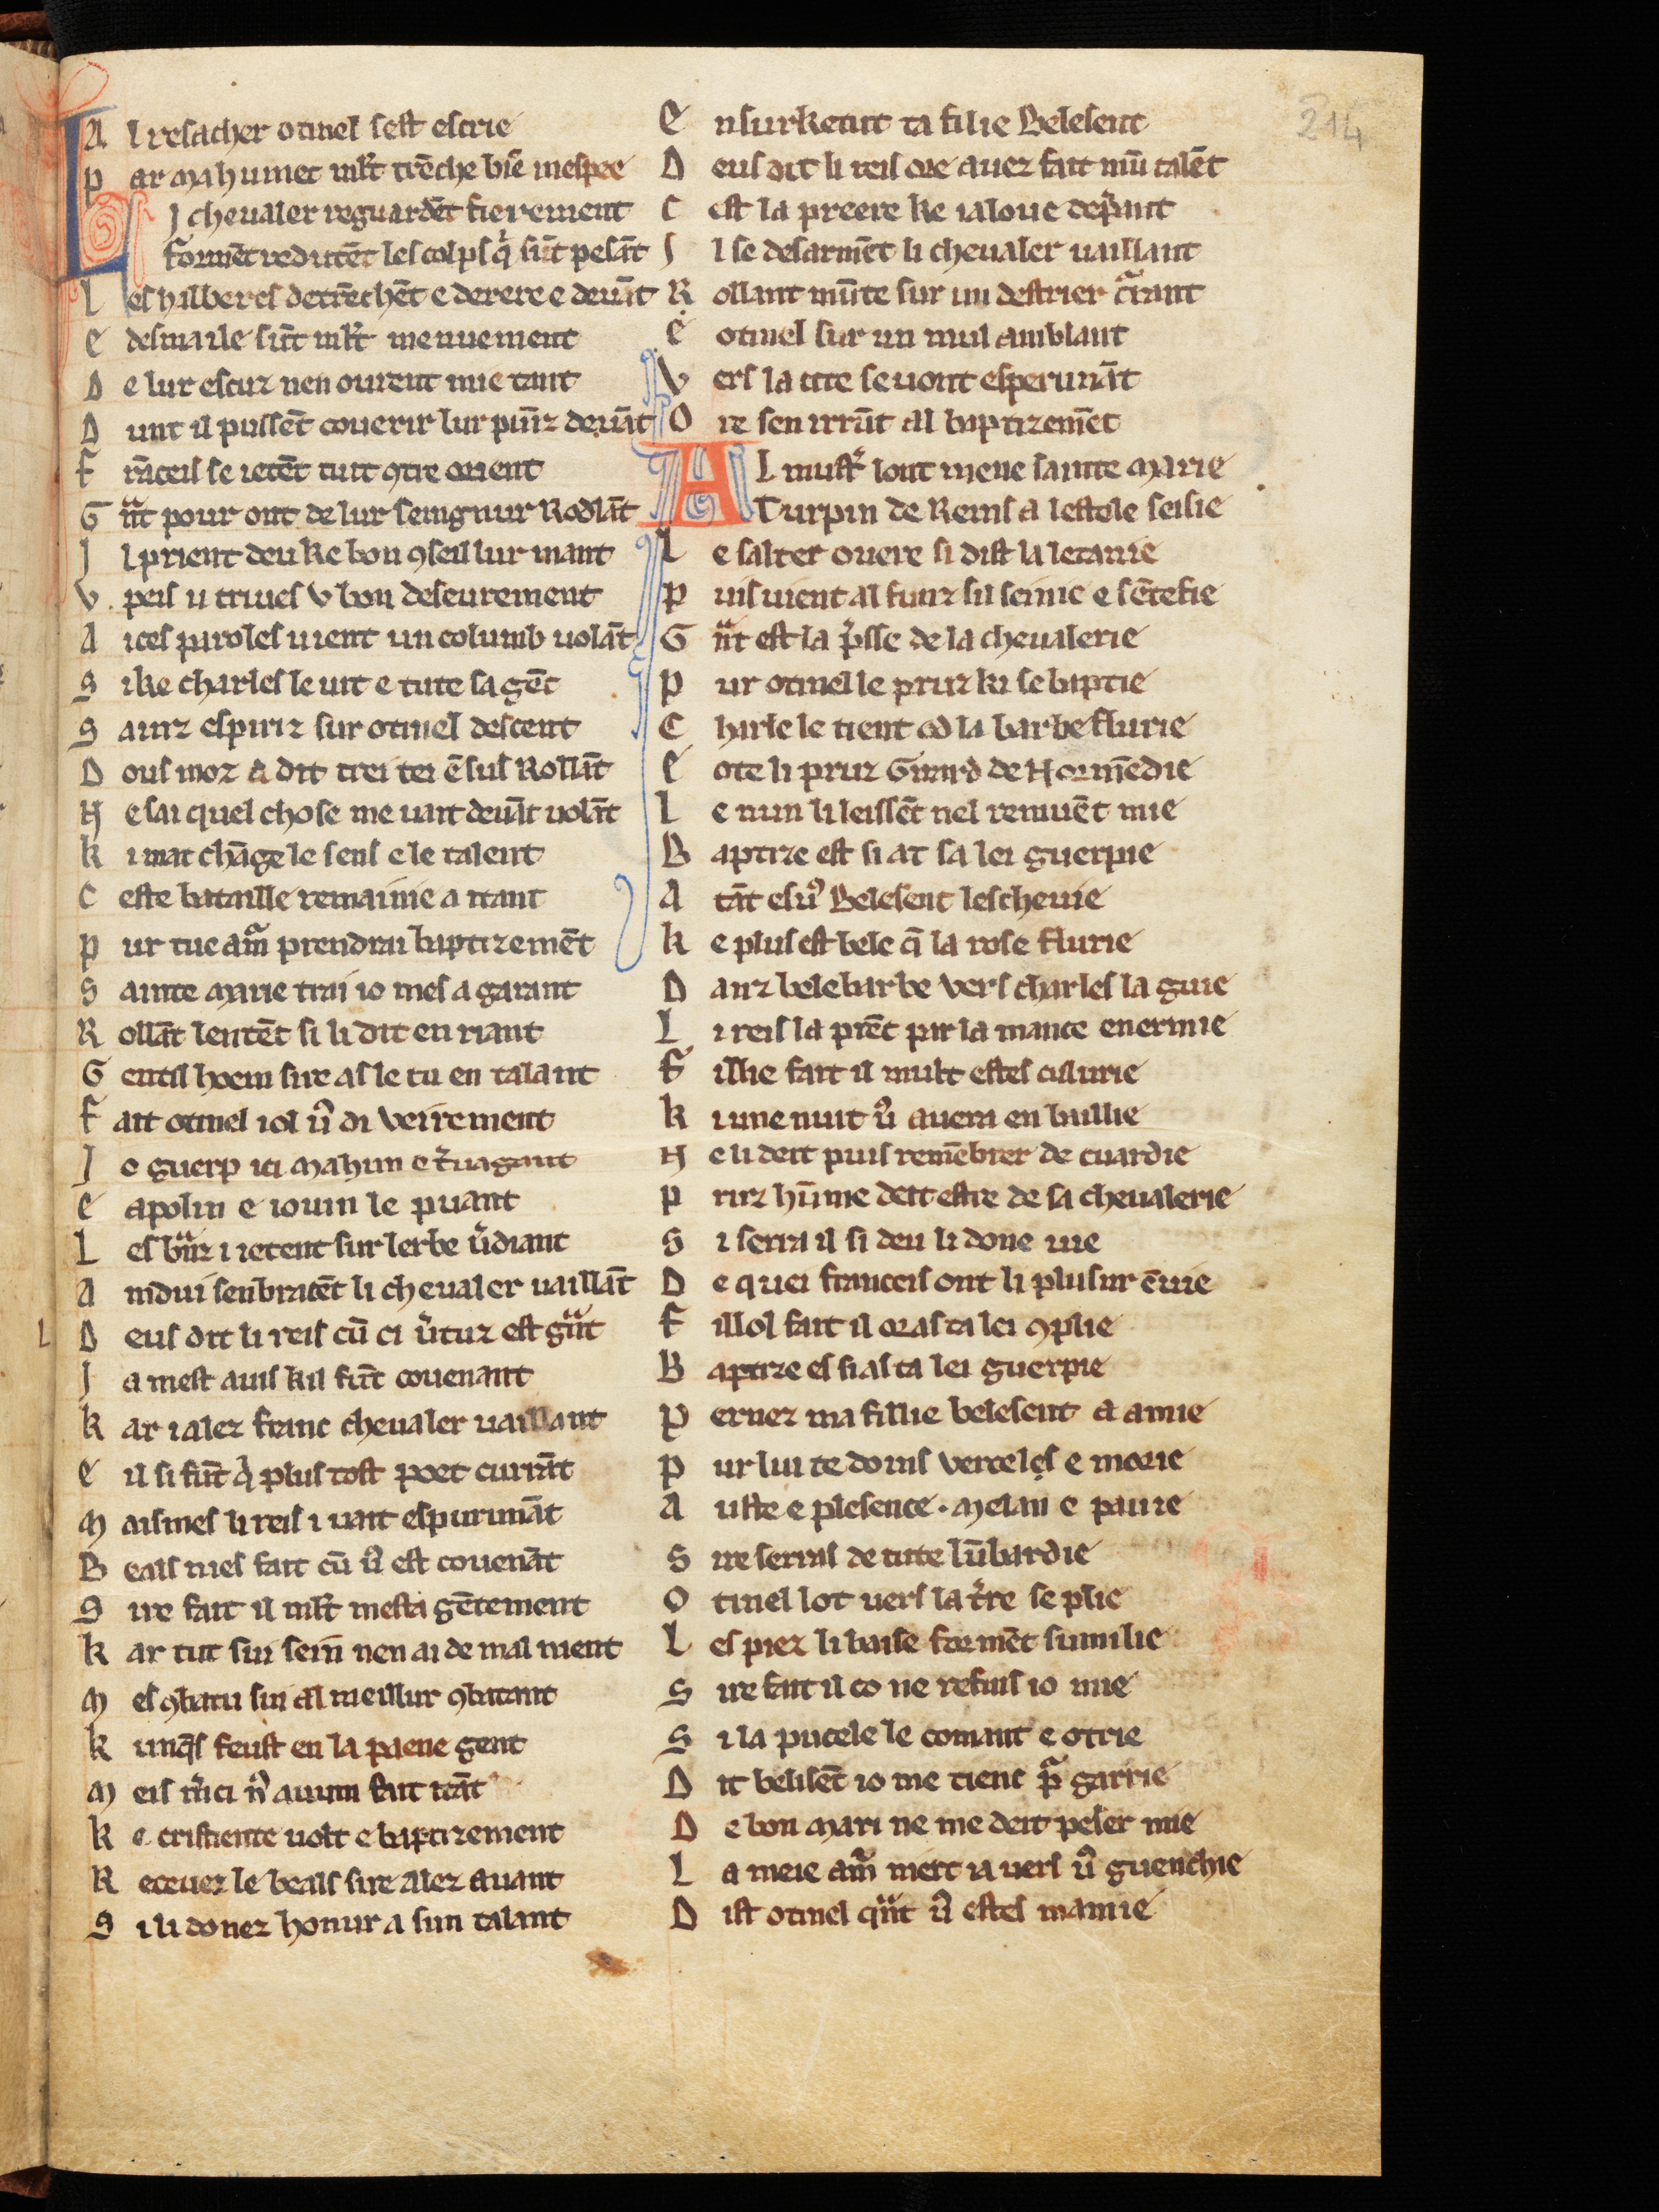
Shelfmark: Cologne, Bodmer, 168
Century: 13